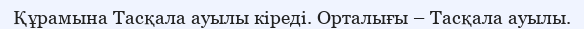
Құрамына Тасқала ауылы кіреді. Орталығы – Тасқала ауылы.